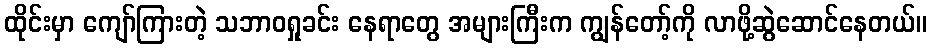
ထိုင်းမှာ ကျော်ကြားတဲ့ သဘာဝရှုခင်း နေရာတွေ အများကြီးက ကျွန်တော့်ကို လာဖို့ဆွဲဆောင်နေတယ်။